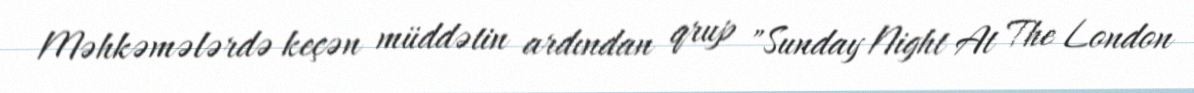
Məhkəmələrdə keçən müddətin ardından qrup "Sunday Night At The London